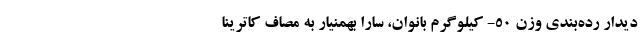
دیدار رده‌بندی وزن ۵۰- کیلوگرم بانوان، سارا بهمنیار به مصاف کاترینا